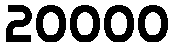
20000